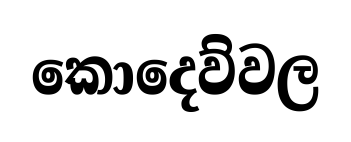
කොදෙව්වල